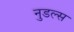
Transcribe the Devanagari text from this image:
नुडल्स